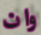
وان